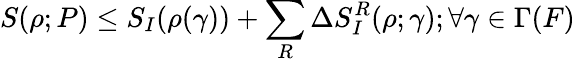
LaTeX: S(\rho;P)\le S_{I}(\rho(\gamma))+\sum_{R}\Delta S_{I}^{R}(\rho;\gamma);\forall\gamma\in\Gamma(F)